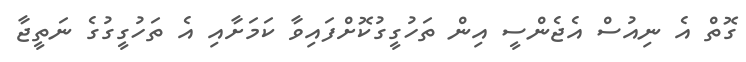
ގޮތް އެ ނިއުސް އެޖެންސީ އިން ތަހުގީގުކޮށްފައިވާ ކަމަށާއި އެ ތަހުގީގުގެ ނަތީޖާ